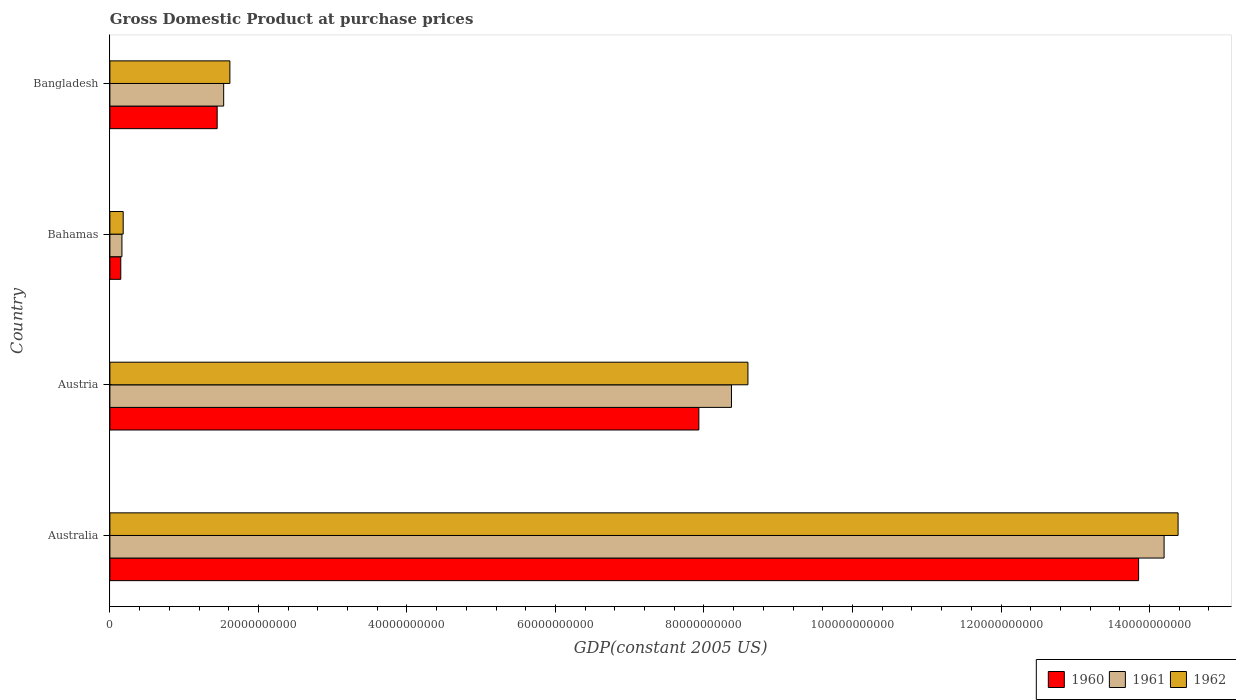
| Country | 1960 | 1961 | 1962 |
 | --- | --- | --- | --- |
 | Australia | 1.39e+11 | 1.42e+11 | 1.44e+11 |
 | Austria | 7.93e+10 | 8.37e+10 | 8.59e+10 |
 | Bahamas | 1.47e+09 | 1.62e+09 | 1.79e+09 |
 | Bangladesh | 1.44e+10 | 1.53e+10 | 1.62e+10 |